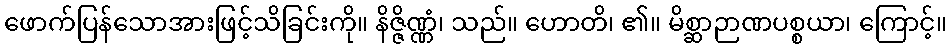
ဖောက်ပြန်သောအားဖြင့်သိခြင်းကို။ နိဇ္ဇိဏ္ဏံ၊ သည်။ ဟောတိ၊ ၏။ မိစ္ဆာဉာဏပစ္စယာ၊ ကြောင့်။